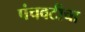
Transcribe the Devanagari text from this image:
पंचवटीचा